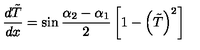
{ \frac { d \tilde { T } } { d x } } = \sin { \frac { \alpha _ { 2 } - \alpha _ { 1 } } { 2 } } \left[ 1 - \left( \tilde { T } \right) ^ { 2 } \right]